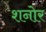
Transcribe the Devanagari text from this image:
शनोर